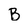
Character: B